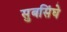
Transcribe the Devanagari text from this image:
सुबसिंघे